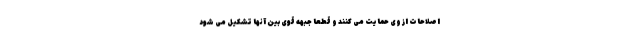
اصلاحات از وی حمایت می کنند و قطعا جبهه قوی بین آنها تشکیل می شود